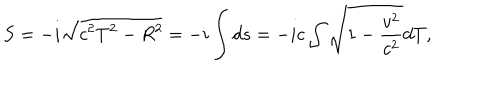
S = - i \sqrt { c ^ { 2 } T ^ { 2 } - R ^ { 2 } } = - i \int d s = - i c \int \sqrt { 1 - \frac { v ^ { 2 } } { c ^ { 2 } } } d T ,